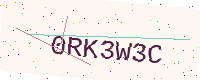
Text: 0RK3W3C